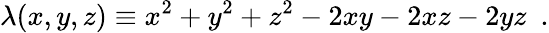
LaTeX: \lambda(x,y,z)\equiv x^{2}+y^{2}+z^{2}-2xy-2xz-2yz\ \ .